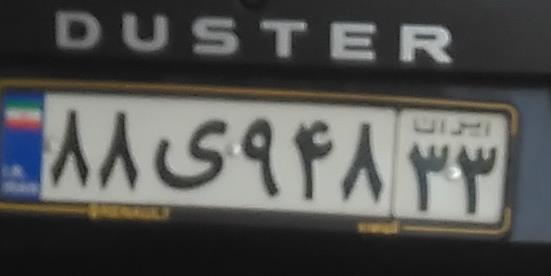
۸۸ی۹۴۸۳۳